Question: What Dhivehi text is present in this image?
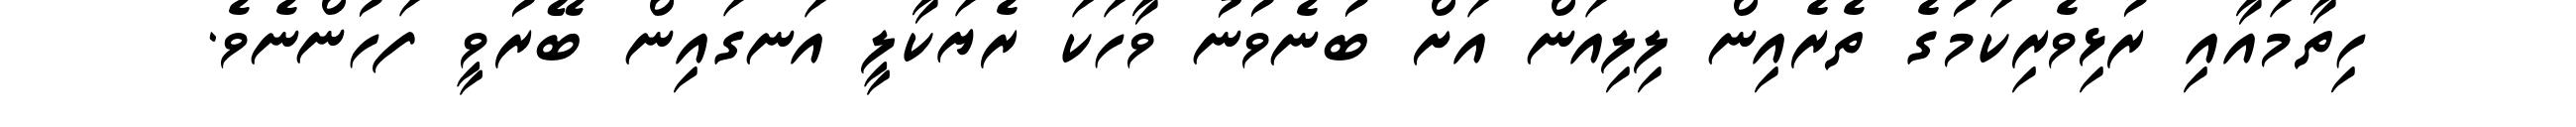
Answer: ހިތާމައާއި ރުޅިވެރިކަމުގެ ތެރެއިން ލިލިއަން އަށް ބުނެވުނު ވާހަކަ ރެޔަކާލީ އަނގައިން ބޭރުވީ ފަހުންނެވެ.